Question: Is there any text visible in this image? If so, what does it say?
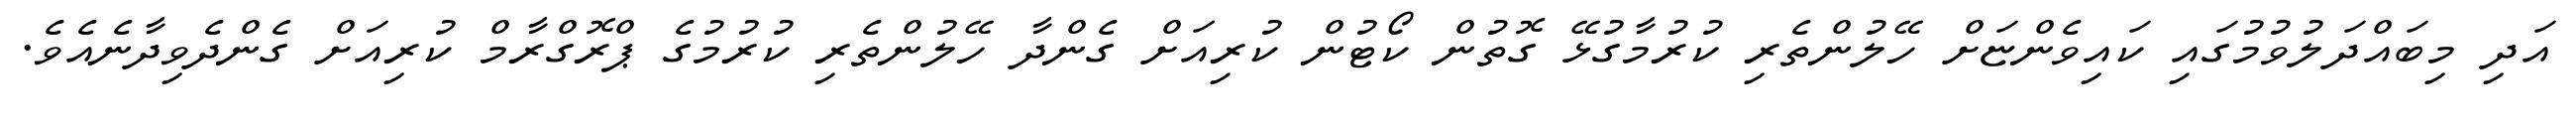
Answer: އަދި މިބައްދަލުވުމުގައި ކައިވެންޏަށް ހޭލުންތެރި ކުރުމާގުޅޭ ގޮތުން ކޯޓުން ކުރިއަށް ގެންދާ ހޭލުންތެރި ކުރުމުގެ ޕްރޮގްރާމް ކުރިއަށް ގެންދެވިދާނެއެވެ.